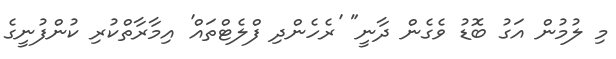
މި ލުމުން އަގު ބޮޑު ވެގެން ދާނީ" 'ރެހެންދި ފްލެޓްތައް' އިމާރާތްކުރި ކުންފުނީގެ